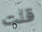
قلت